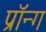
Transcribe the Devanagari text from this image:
प्रॉन्ग